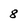
Character: 8